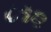
૮૧૨